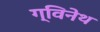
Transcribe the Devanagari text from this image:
ग्विनेथ